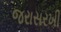
જરાસરખી